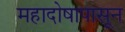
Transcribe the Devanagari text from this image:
महादोषापासून